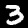
Label: 3